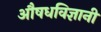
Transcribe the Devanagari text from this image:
औषधविज्ञानी